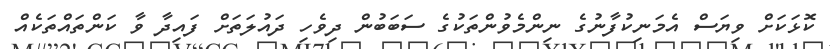
ކޮޅަކަށް ވިޔަސް އެމަނިކުފާނުގެ ނިންމެވުންތަކުގެ ސަބަބުން ދިވެހި ދައުލަތަށް ފައިދާ ވާ ކަންތައްތަކެއް